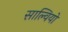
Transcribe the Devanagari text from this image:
साल्वियो